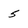
Character: 5